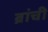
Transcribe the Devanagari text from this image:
ब्रांची